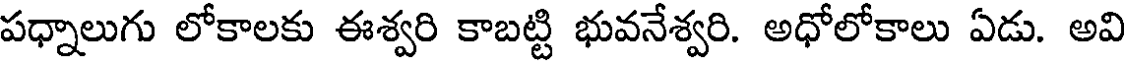
పధ్నాలుగు లోకాలకు ఈశ్వరి కాబట్టి భువనేశ్వరి. అధోలోకాలు ఏడు. అవి